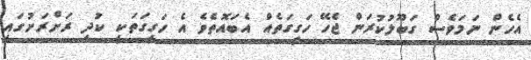
އެހެން ނަމަވެސް ގަބޫލުކުރަން ޖެހޭ ހަގީގަތެއް އެބައޮތެވެ އެ ހަގީގަތަކީ ކުދި ރަށްރަށުގައި